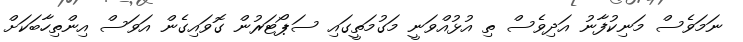
ނަމަވެސް މަނިކުފާނު އަދިވެސް ތި އުޅުއްވަނީ މަގުމަތީގައި ސަޕޯޓަރުން ގޮވައިގެން އަވަސް އިންތިހާބަކަށް